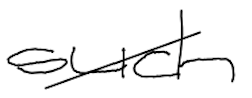
Text: such
Cross-out: diagonal
Writing tool: digital_black